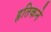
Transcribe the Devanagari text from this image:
हृतिकने